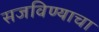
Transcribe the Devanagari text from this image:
सजविण्याचा